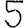
Digit: 5